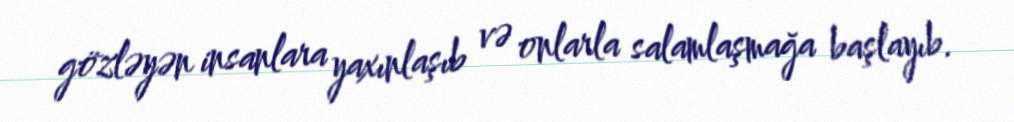
gözləyən insanlara yaxınlaşıb və onlarla salamlaşmağa başlayıb.